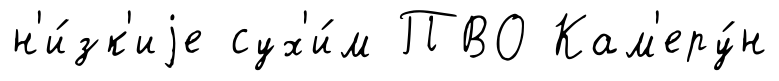
н'и́зк'иjе сух'и́м ПВО Кам'еру́н